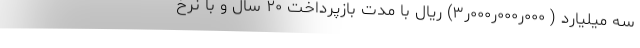
سه میلیارد ( ۰۰۰ر۰۰۰ر۰۰۰ر۳) ریال با مدت بازپرداخت ۲۰ سال و با نرخ